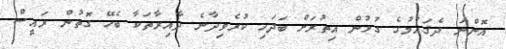
އޮންނަ ދެޤައުމުގެ ގުޅުން އިތުރަށް ބަދަހި ކުރެވިދާނެ ދާއިރާތަކާ ބެހޭ ގޮތުން ރައީސް